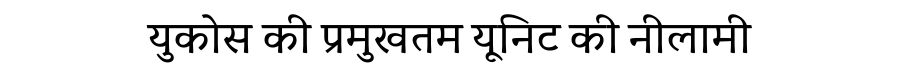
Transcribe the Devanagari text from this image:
युकोस की प्रमुखतम यूनिट की नीलामी